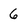
Character: 6